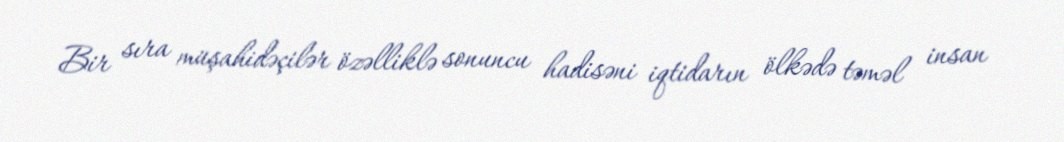
Bir sıra müşahidəçilər özəlliklə sonuncu hadisəni iqtidarın ölkədə təməl insan